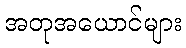
အတုအယောင်များ